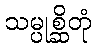
သမ္ပုစ္ဆိတုံ